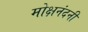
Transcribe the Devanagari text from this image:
मोक्षनंदनी